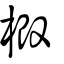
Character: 椴